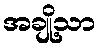
အချို့သာ